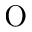
\mathrm { O }